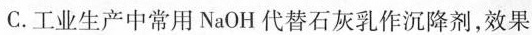
C.工业生产中常用NaOH代替石灰乳作沉降剂，效果